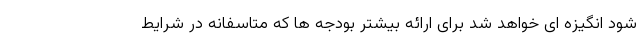
شود انگیزه ای خواهد شد برای ارائه بیشتر بودجه ها که متاسفانه در شرایط